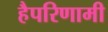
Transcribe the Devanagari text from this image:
हैपरिणामी